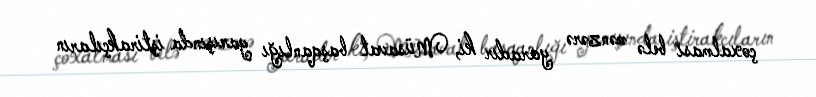
çoxalması belə mənzərə yaradır ki, Müsavat başqanlığı yarışında iştirakçıların